Document type: Acquittal of debt
Year: 1424
Scribe: Francesc de Casanoves
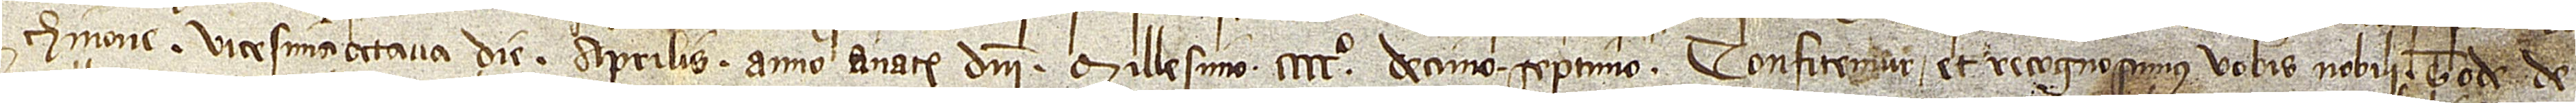
chinone, vicesima octava die aprilis, anno a Nativitate Domini millesimo CCCCº decimo septimo, confitemur et recognoscimus vobis nobili Tode de